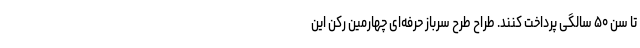
تا سن ۵۰ سالگی پرداخت کنند. طراح طرح سرباز حرفه‌ای چهارمین رکن این